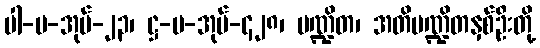
ပါ-ပ-အုပ်-၂၃၊ ဋ္ဌ-ပ-အုပ်-၄၂၈၊ ပဏ္ဍိတ၊ အတိပဏ္ဍိတနှစ်ဦးတို့